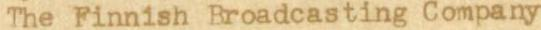
The Finnish Broadcasting Company